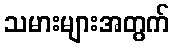
သမားများအတွက်